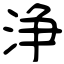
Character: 浄